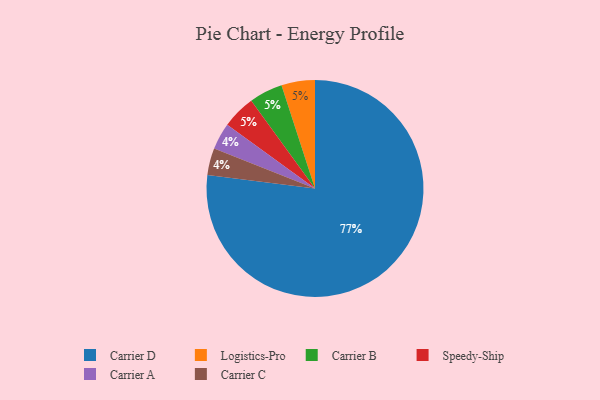
{"axis": {"x": "Category", "y": "Percentage"}, "legend": ["Carrier A", "Carrier B", "Carrier C", "Carrier D", "Logistics-Pro", "Speedy-Ship"], "data": [{"x": "Logistics-Pro", "y": 5, "type": "Logistics-Pro"}, {"x": "Carrier D", "y": 77, "type": "Carrier D"}, {"x": "Carrier A", "y": 4, "type": "Carrier A"}, {"x": "Carrier C", "y": 4, "type": "Carrier C"}, {"x": "Carrier B", "y": 5, "type": "Carrier B"}, {"x": "Speedy-Ship", "y": 5, "type": "Speedy-Ship"}]}